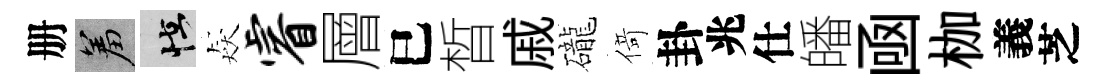
册羞怪猋睿層巳晳戚礲𠋣卦兆仕皤凾枷義芝